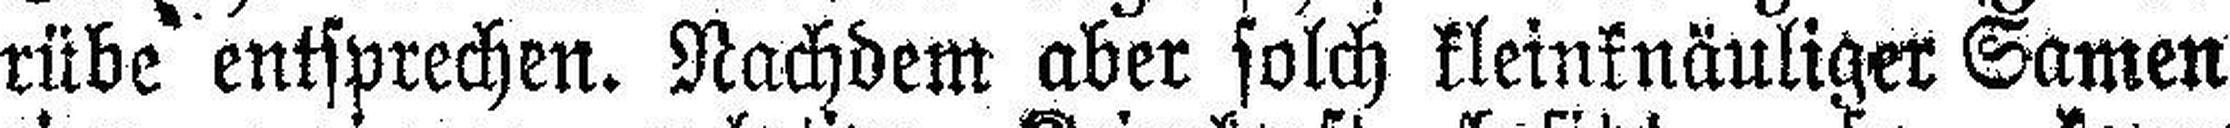
rübe entsprechen. Nachdem aber solch kleinknäuliger Samen